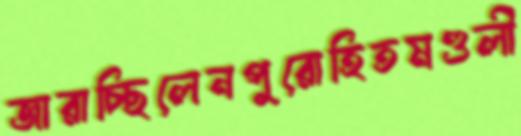
জারাচ্ছিলেনপুরোহিতমণ্ডলী